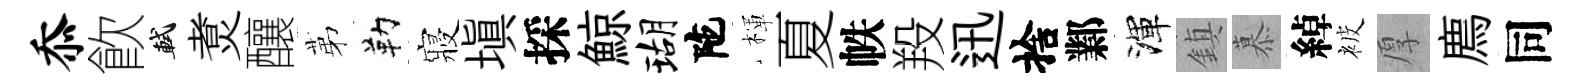
忝飮軾煑釀苐勒寢塡採鯨瑚陀楎夏帙羖迅捨鄴渾鎮慕綽被厚廌同